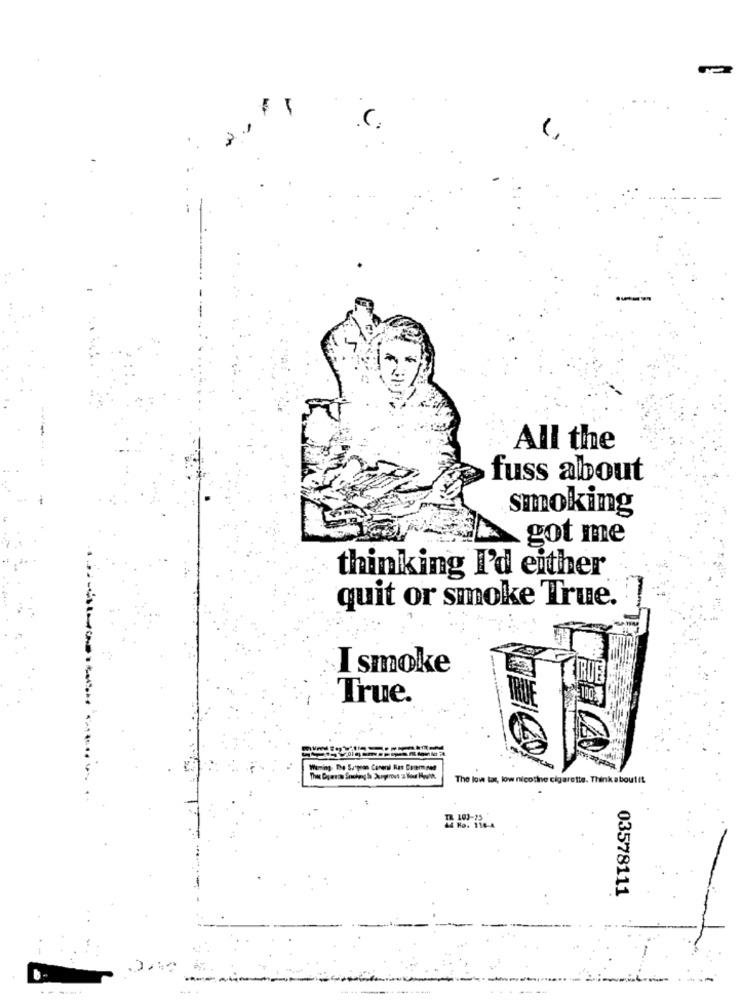
All the
fuss about
smoking
got me
thinking I'd either
quit or smoke True.
I smoke
True.
Warning. De Surpren Careni Ras Comment
The low tax, low nicotine cigarette. Think aboutit
T2 103-75
M4 No. 118-A
03578111